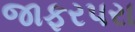
જાફરપરા